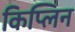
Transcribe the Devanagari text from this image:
किप्लिन